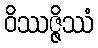
ဝိဿဇ္ဇိဿံ